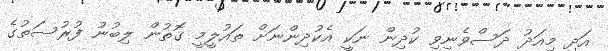
އަދި މިއަދު ދަސްވެނިވި ކުދިން ނަކީ އެކުދިންނަށް ތައުލީމީ ގޮތުން ލިބުނު ފުރުސަތުގެ